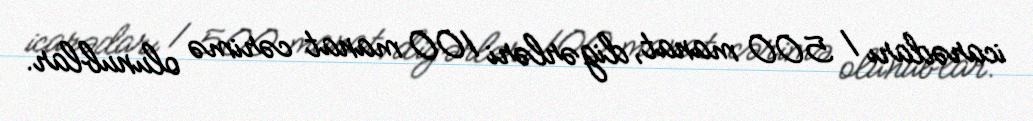
icarədarı 1 500 manat, digərləri 100 manat cərimə olunublar.